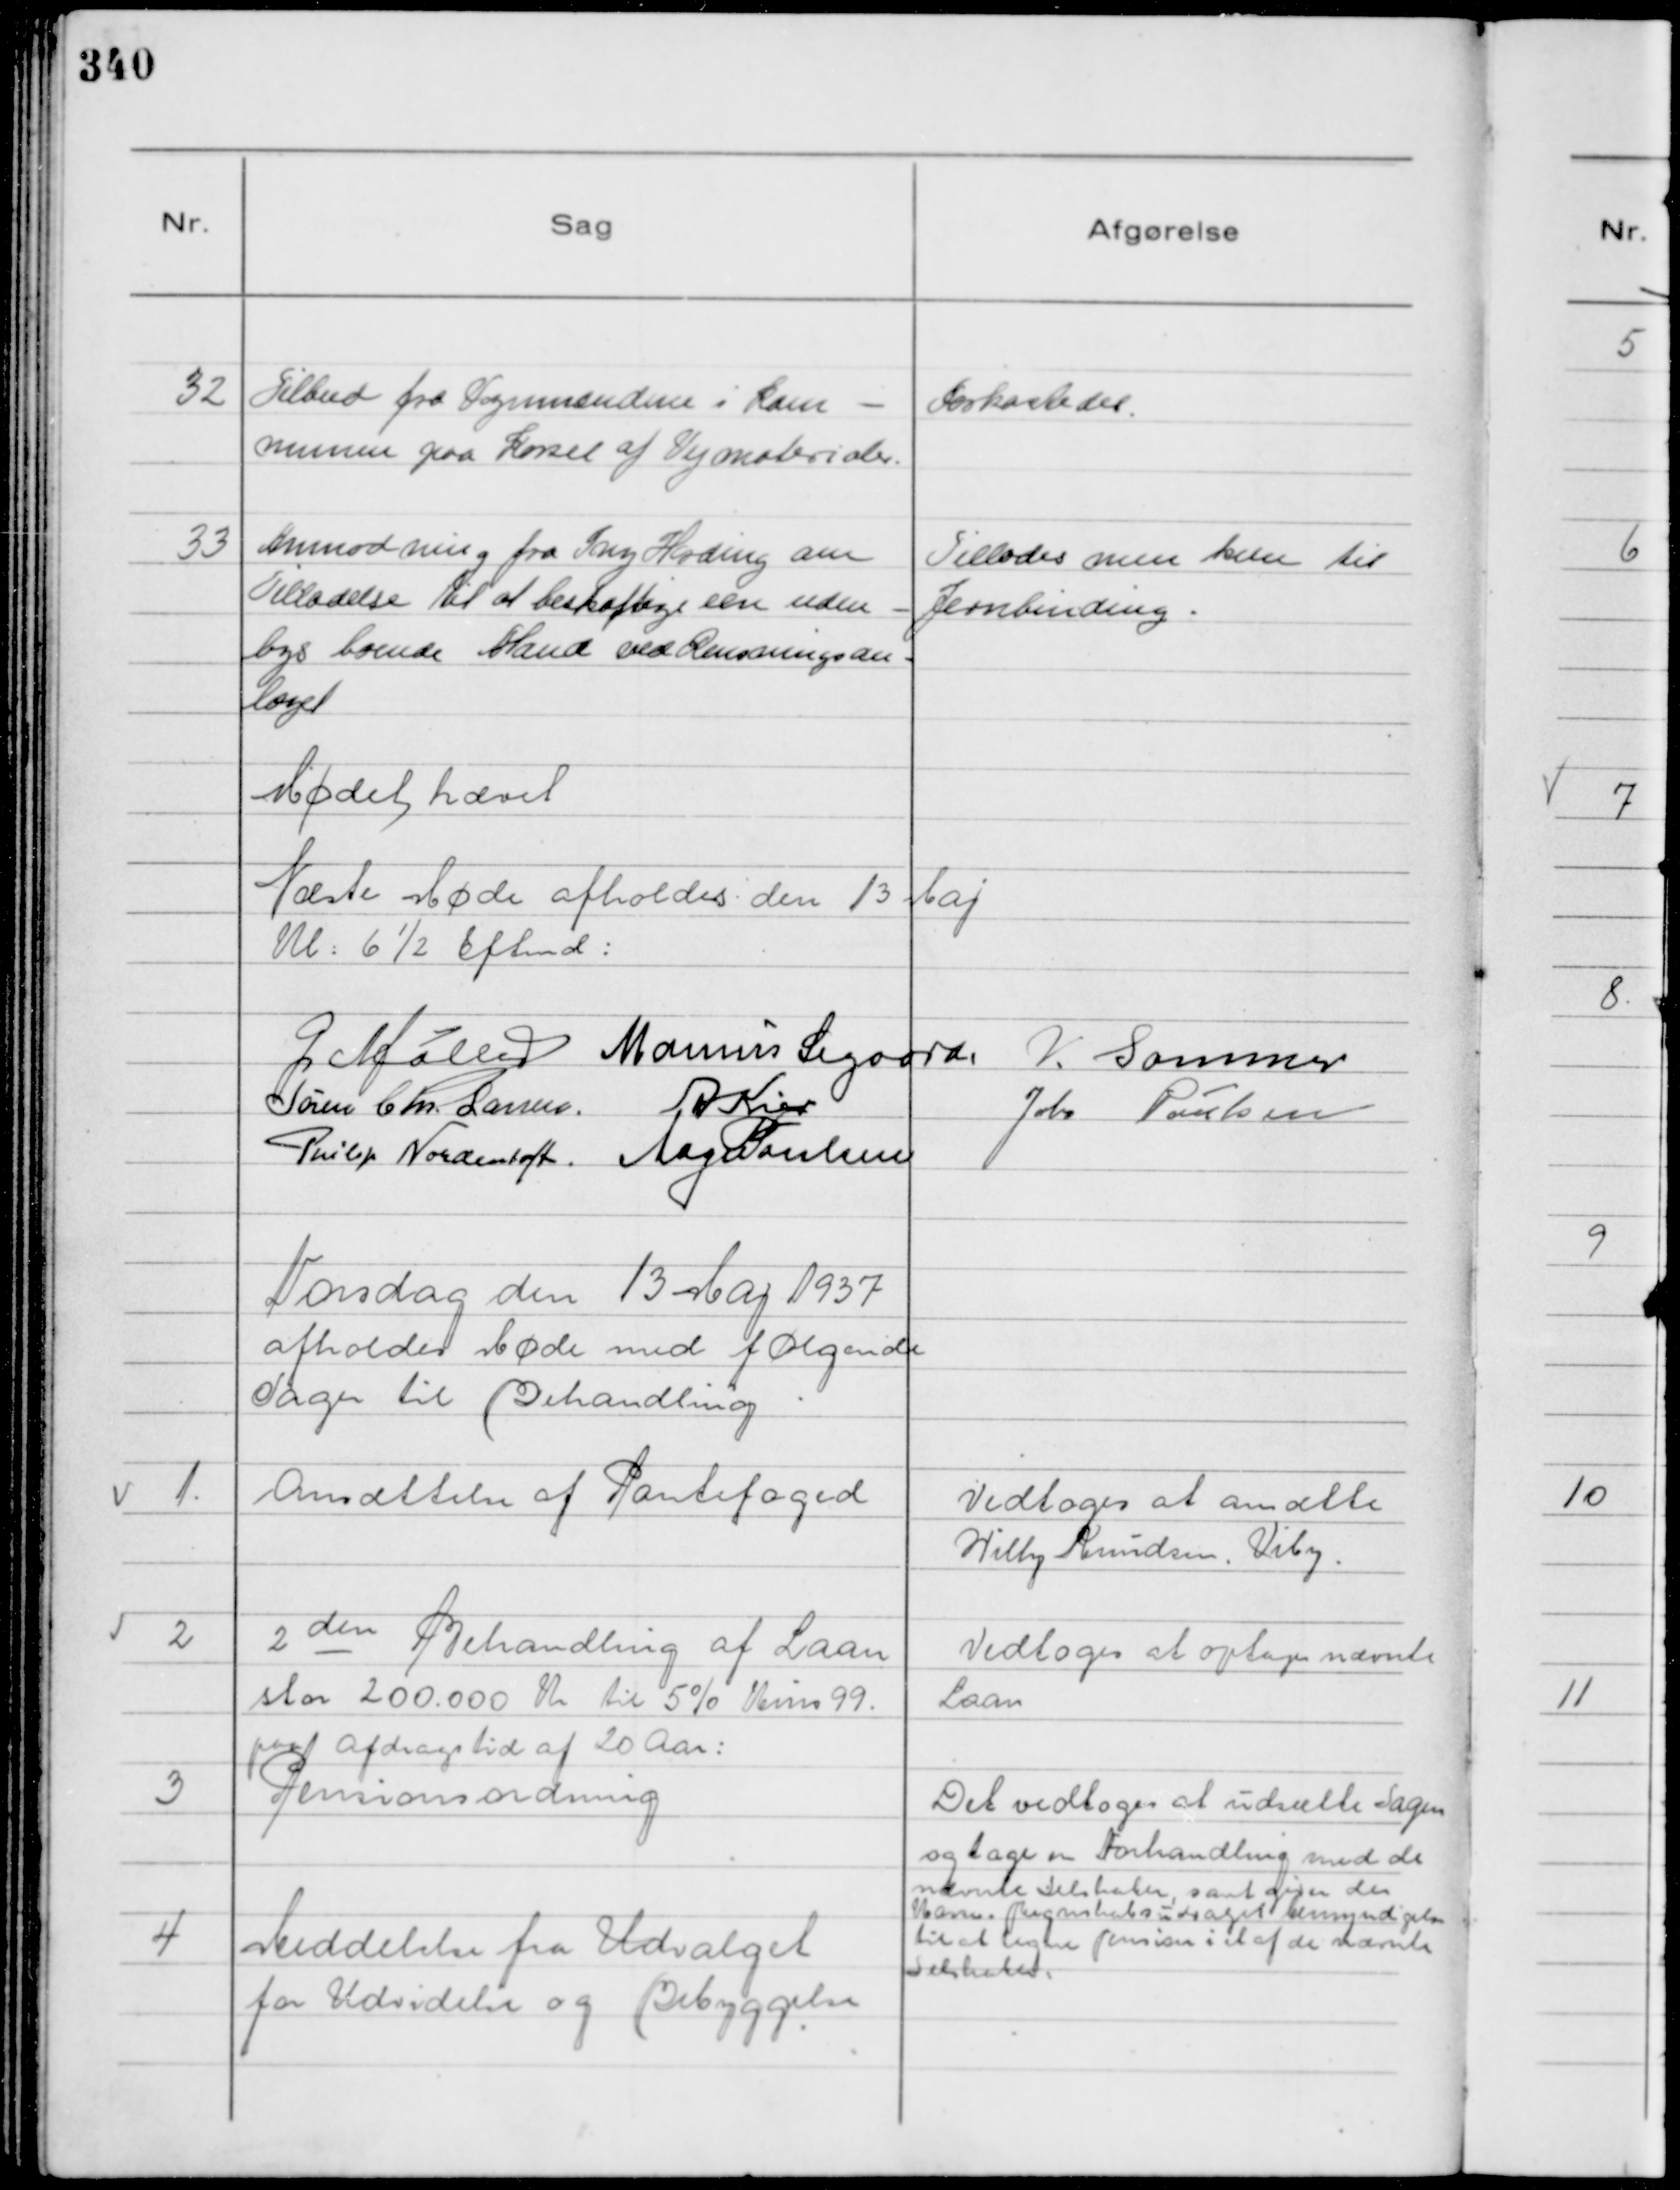
Transskription:
32
Tilbud fra Vognmændene i Kom-
munen paa Kørsel af Vejmaterialer.

Forkastedes.

33
Anmodning fra Sony Harding om
Tilladelse til at beskæftige een uden-
bys boende Mand ved Rensningsan-
læget

Tillodes men kun til
Jernbinding.

Mødet hævet

Næste Møde afholdes den 13 Maj
Kl: 6½ Eftmd :

G Møller
Marinus Sigaard,
V. Sommer
Søren Chr. Larsen.
A Kier
Johs Poulsen
Philip Nordentoft.
Aage Poulsen

Torsdag den 13 Maj 1937
afholdes Møde med følgende
Sager til Behandling

1.
Ansættelse af Pantefoged

Vedtoges at ansætte
Willy Knudsen, Viby

2
2 den Behandling af Laan
stor 200.000 Kr til 5% Kurs 99.
paa afdragstid af 20 Aar:

Vedtoges at optage nævnte
Laan

3
Pensionsordning

Det vedtoges at udsætte Sagen
og tage en Forhandling med de
nævnte Selskaber, samt gives der
Kasse - Regnskabsudvalget bemyndigelse
til at tegne Pension i et af de nævnte
Selskaber:

4
Meddelelse fra Udvalget
for Udvidelse og Bebyggelse